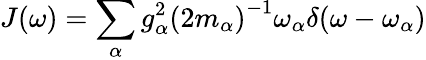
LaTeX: J(\omega)=\sum_{\alpha}{g_{\alpha}^{2}}{(2m_{\alpha})}^{-1}\omega_{\alpha}\delta(\omega-\omega_{\alpha})